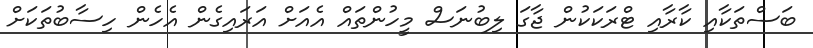
ބަސްތަކާއި ކާރާއި ޓްރަކަކުން ޖާގަ ލިބުނަސް މީހުންތައް އެއަށް އަރައިގެން އެހެން ހިސާބުތަކަށް